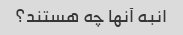
انبه آنها چه هستند؟